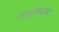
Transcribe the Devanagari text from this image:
महाविच्छेद